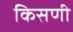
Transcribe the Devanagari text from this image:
किसणी